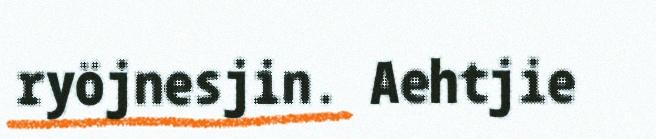
ryöjnesjin. Aehtjie